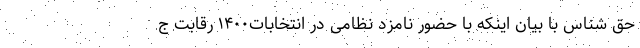
حق شناس با بیان اینکه با حضور نامزد نظامی در انتخابات۱۴۰۰ رقابت ج